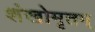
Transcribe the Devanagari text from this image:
शंखोमृतम्